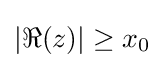
|\Re (z)|\geq x_{0}